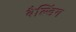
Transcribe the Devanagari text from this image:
बैल्डिंग